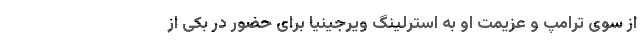
از سوی ترامپ و عزیمت او به استرلینگ ویرجینیا برای حضور در بکی از